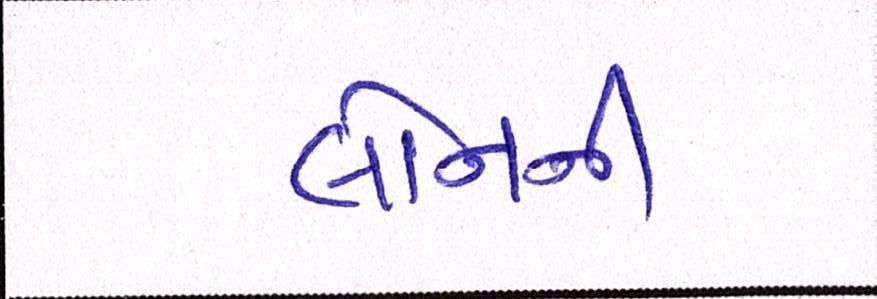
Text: લોનની